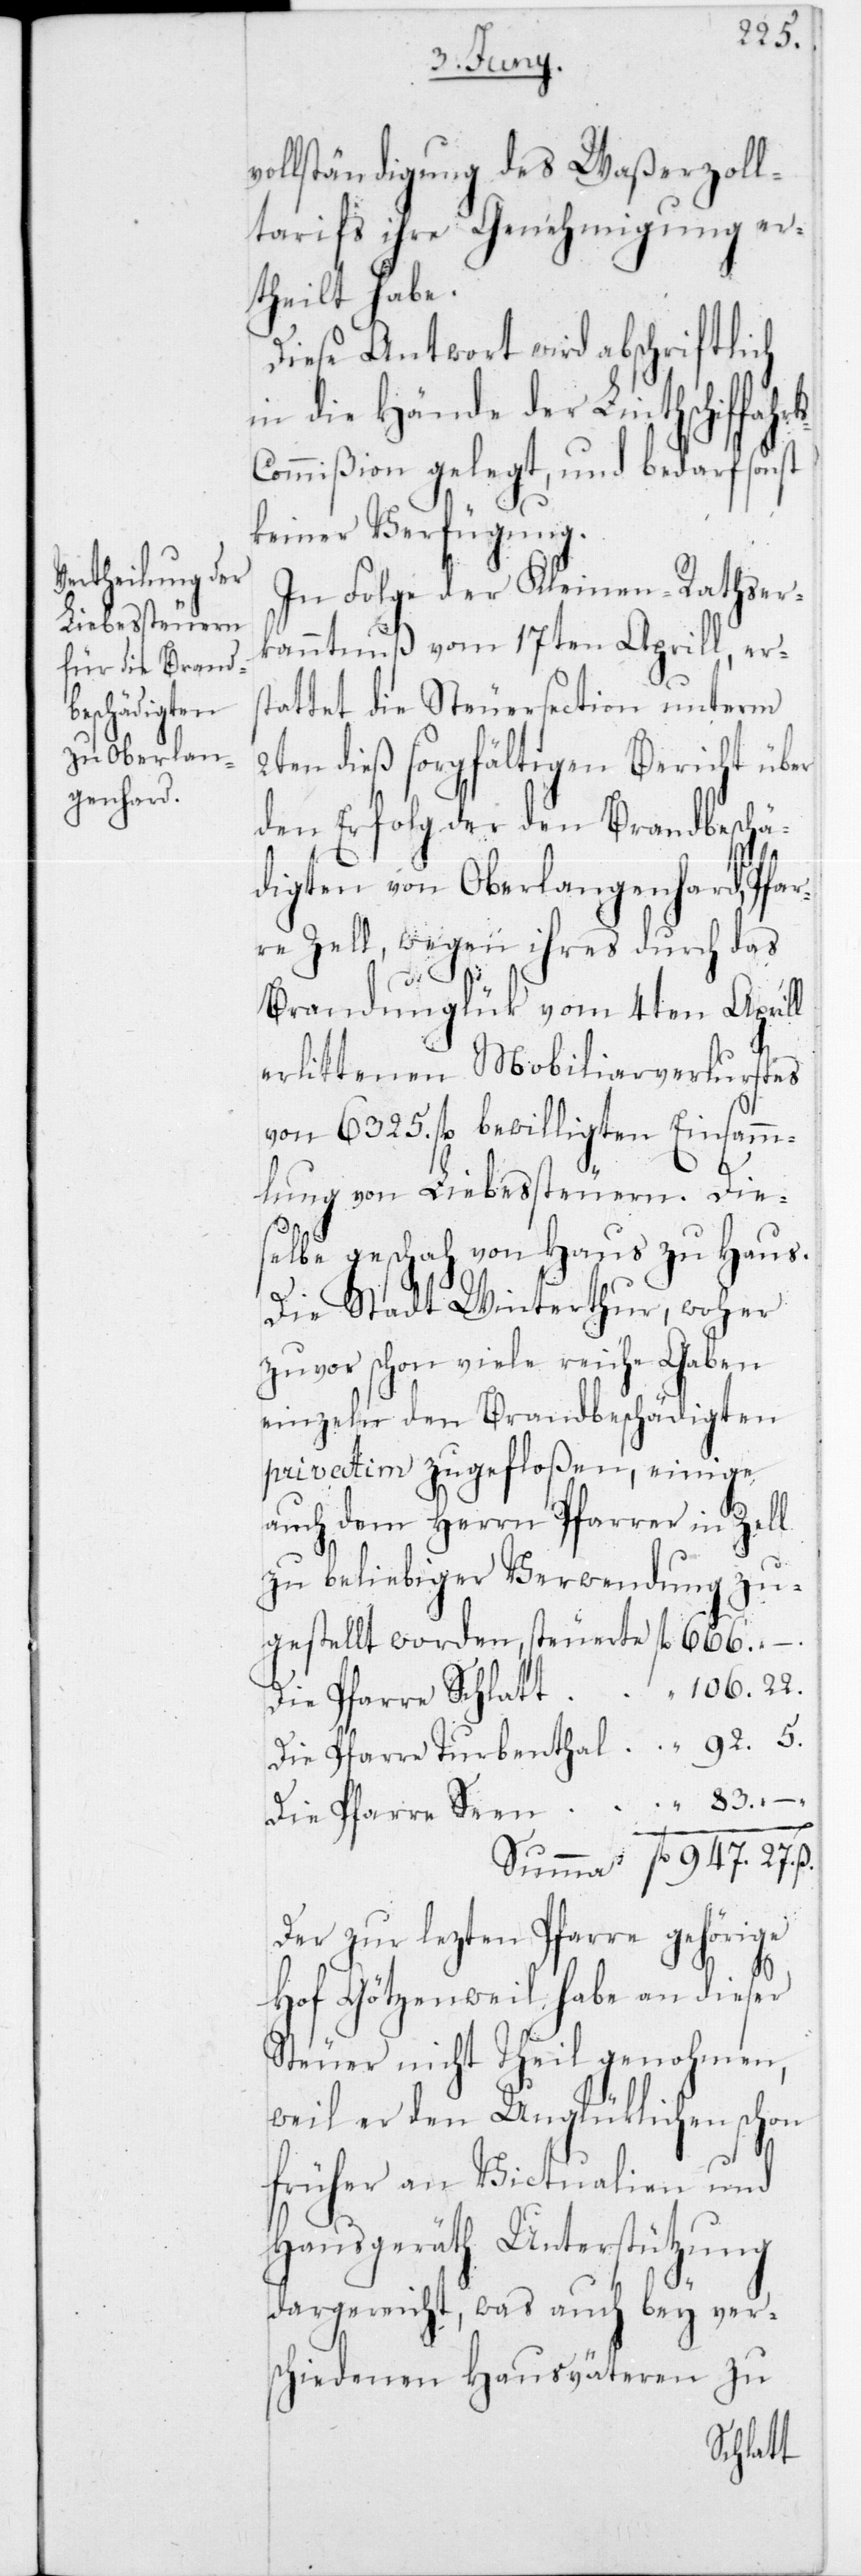
27.
vollständigung des Waßerzoll¬
tarifs ihre Genehmigung er¬
theilt habe.
Diese Antwort wird abschriftlich
in die Hände der Linthschiffa¬
ommißion gelegt, und bedarf sonst
keiner Verfügung.
In Folge der Kleinen-Rathser¬
kanntnuß vom 17ten Aprill, ers¬
tattet die Steuersection unterm
2ten dieß sorgfältigen Bericht über
den Erfolg der den Brandbeschä¬
digten von Oberlangenhard, Pfar¬
re Zell, wegen ihres durch das
83.
Brandunglük vom 4ten Aprill
erlittenen Mobiliarverlustes
von 6325 fl. bewilligten Einsamm¬
lung von Liebessteuern. Die¬
selbe geschah von Haus zu Haus.
Die Stadt Winterthur, woher
zuvor schon viele reiche Gaben
einzeln den Brandbeschädigten
privatim zugefloßen, einige
auch dem Herrn Pfarrer in Zell
zu beliebiger Verwendung zu¬
die Pfarre Turbenthal
die Pfarre Seen
Der zur lezten Pfarre gehörige
fl.
Hof Götzenweil habe an dieser
Steuer nicht Theil genohmen,
weil er den Unglücklichen schon
früher an Victualien und
Hausgeräth Unterstützung
dargereicht, was auch bey ver¬
schiedenen Hausväteren zu
Schlatt